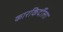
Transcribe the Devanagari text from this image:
कारकिर्दीला